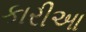
કારીઆ